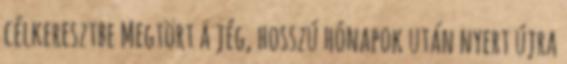
célkeresztbe Megtört a jég, hosszú hónapok után nyert újra